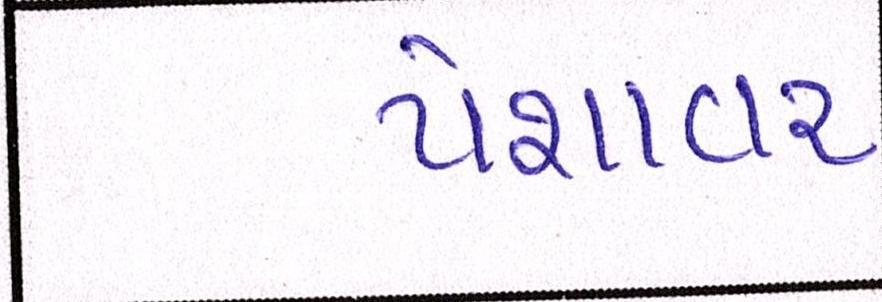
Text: પેશાવર